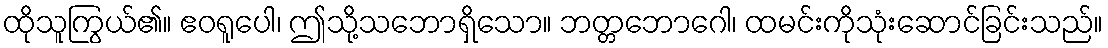
ထိုသူကြွယ်၏။ ဧဝရူပေါ၊ ဤသို့သဘောရှိသော။ ဘတ္တဘောဂေါ၊ ထမင်းကိုသုံးဆောင်ခြင်းသည်။